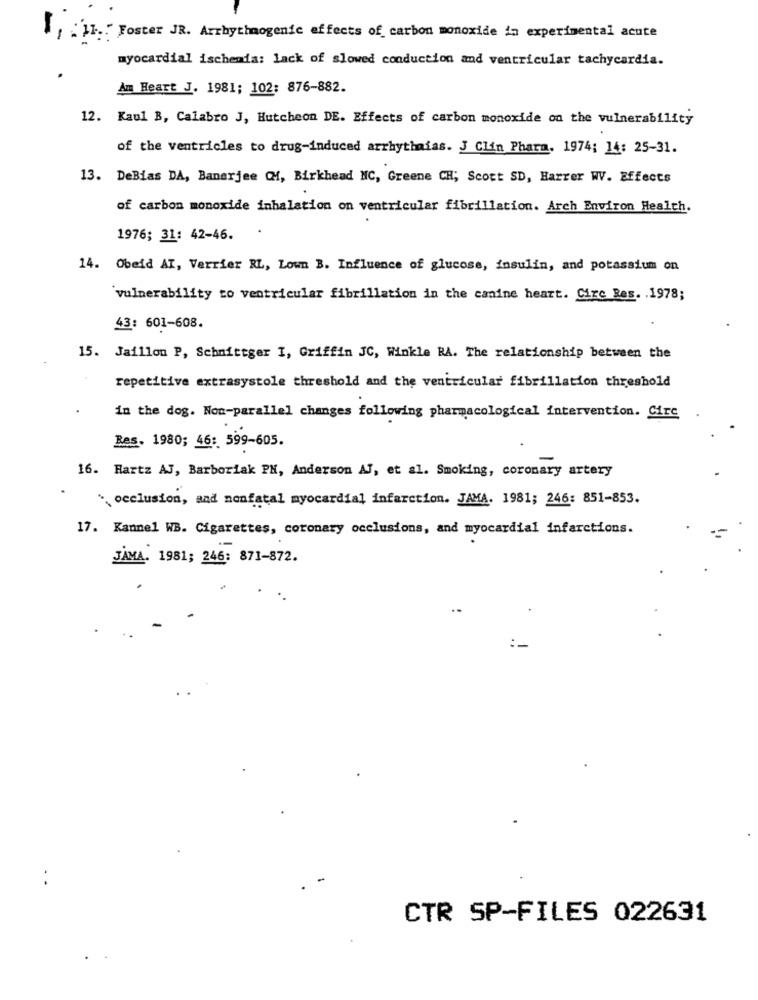
1 : 11 Foster JR. Arrhythmogenic effects of carbon monoxide in experimental acute
myocardial ischemia: lack of slowed conduction and ventricular tachycardia.
Am Heart J. 1981; 102: 876-882.
12. Kaul B, Calabro J, Hutcheon DE. Effects of carbon monoxide on the vulnerability
of the ventricles to drug-induced arrhythmias. J Clin Phara. 1974; 14: 25-31.
13. DeBias DA, Banerjee CM, Birkhead NC, Greene CH; Scott SD, Harrer WV. Effects
of carbon monoxide inhalation on ventricular fibrillation. Arch Environ Health.
1976; 31: 42-46.
14. Obeid AI, Verrier RL, Lown B. Influence of glucose, insulin, and potassium on
vulnerability to ventricular fibrillation in the canine heart. Cire Bes. . 1978;
43: 601-608.
15. Jaillon P, Schnittger I, Griffin JC, Winkle RA. The relationship between the
repetitive extrasystole threshold and the ventricular fibrillation threshold
in the dog. Non-parallel changes following pharmacological intervention. Circ
Res. 1980; 46: 599-605.
16. Hartz AJ, Barboriak PH, Anderson AJ, et al. Smoking, coronary artery
`occlusion, and nonfatal myocardial infarction. JAMA. 1981; 246: 851-853.
17. Kannel WB. Cigarettes, coronary occlusions, and myocardial infarctions.
JAMA. 1981; 246: 871-872.
CTR SP-FILES 022631